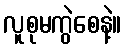
လူစုမကွဲစေနဲ့။